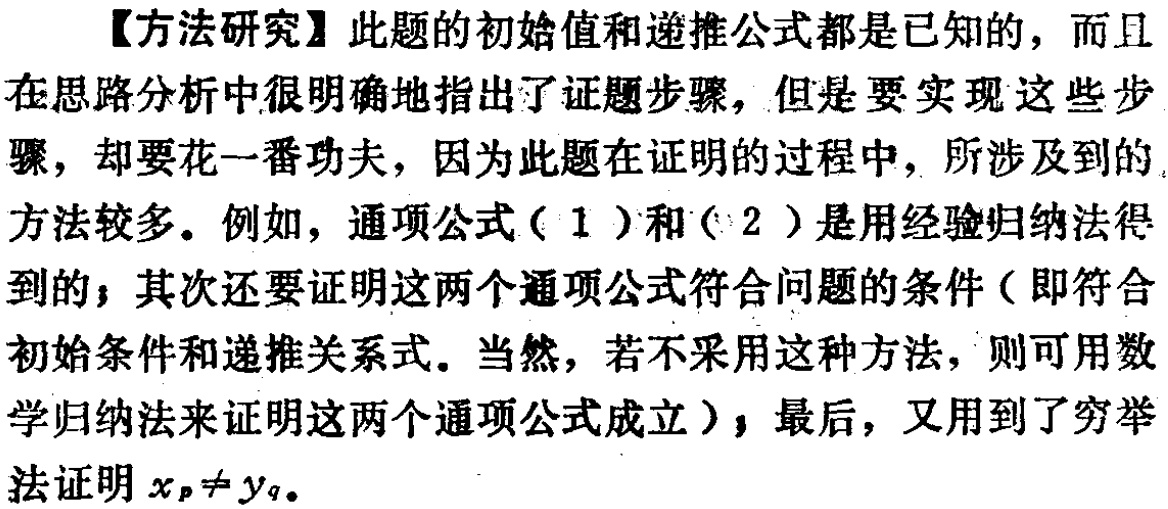
【方法研究】此题的初始值和递推公式都是已知的，而且在思路分析中很明确地指出了证题步骤，但是要实现这些步骤，却要花一番功夫，因为此题在证明的过程中，所涉及到的方法较多。例如，通项公式（1）和（2）是用经验归纳法得到的；其次还要证明这两个通项公式符合问题的条件（即符合初始条件和递推关系式。当然，若不采用这种方法，则可用数学归纳法来证明这两个通项公式成立）；最后，又用到了穷举法证明\(x_p\neq y_q\)。